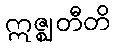
ဣဇ္ဈတီတိ